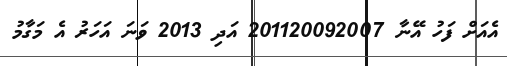
އެއަށް ފަހު އޭނާ 201120092007 އަދި 2013 ވަނަ އަހަރު އެ މަގާމު